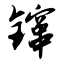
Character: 镩